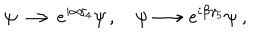
\psi \longrightarrow { e } ^ { i \alpha \gamma _ { 4 } } \psi \, , \quad \psi \longrightarrow { e } ^ { i \beta \gamma _ { 5 } } \psi \ ,